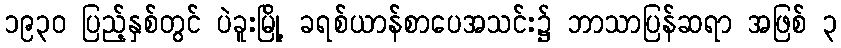
၁၉၃၀ ပြည့်နှစ်တွင် ပဲခူးမြို့ ခရစ်ယာန်စာပေအသင်း၌ ဘာသာပြန်ဆရာ အဖြစ် ၃